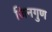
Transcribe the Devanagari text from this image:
जिनगुण